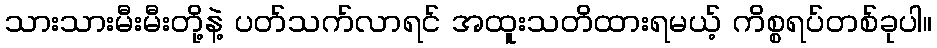
သားသားမီးမီးတို့နဲ့ ပတ်သက်လာရင် အထူးသတိထားရမယ့် ကိစ္စရပ်တစ်ခုပါ။